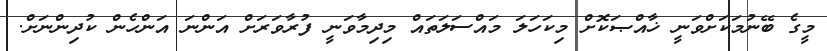
މީގެ ބޭނުމަކަށްވަނީ ޚާއްޞަކޮށް މިކަހަލަ މައްސަލަތައް މިދިމާވަނީ ފުރާވަރަށް އަންނަ އަންހެން ކުދިންނަށް.